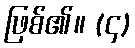
ဖြစ်၏။ (၄)